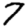
Digit: 7